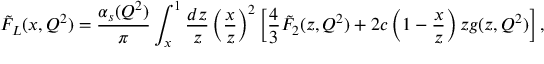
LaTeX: \tilde { F } _ { L } ( x , Q ^ { 2 } ) = \frac { \alpha _ { s } ( Q ^ { 2 } ) } { \pi } \int _ { x } ^ { 1 } \frac { d z } { z } \left( \frac { x } { z } \right) ^ { 2 } \left[ \frac { 4 } { 3 } \tilde { F } _ { 2 } ( z , Q ^ { 2 } ) + 2 c \left( 1 - \frac { x } { z } \right) z g ( z , Q ^ { 2 } ) \right] ,